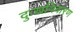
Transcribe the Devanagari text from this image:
दुःखनिवारण